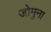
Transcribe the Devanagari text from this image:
जोमुना